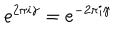
e ^ { 2 \pi i \gamma } = e ^ { - 2 \pi i \gamma }